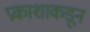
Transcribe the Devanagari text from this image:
प्रकाशाकडून